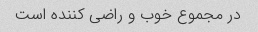
در مجموع خوب و راضی کننده است